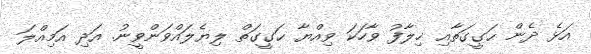
އަޅެ ދެން ޙަގީގަތާއި ޚިލާފު ވާހަކަ ވިއްޔާ ޙަގީގަތް ލިޔެލައްވަންވީނު. އަދި އަމިއްލަ